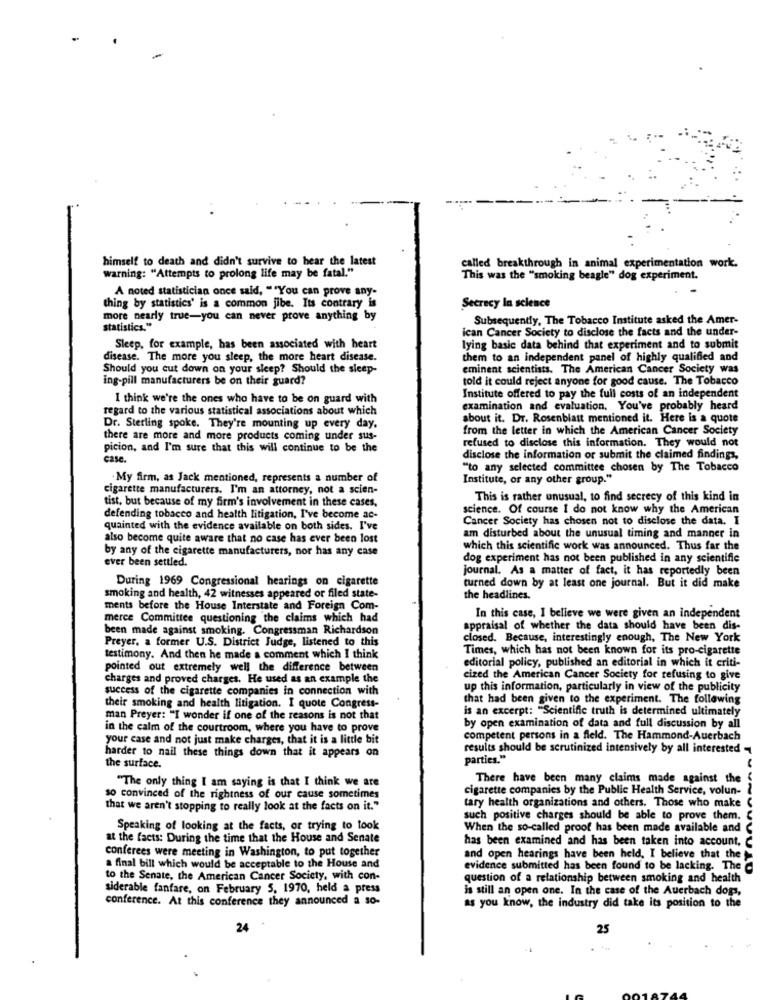
himself to death and didn't survive to hear the latest
warning: "Attempts to prolong life may be fatal."
called breakthrough in animal experimentation work.
This was the "smoking beagle" dog experiment.
A noted statistician once said, ""You can prove any-
thing by statistics' is a common jibe. Its contrary is
Secrecy In science
more nearly true-you can never prove anything by
Subsequently, The Tobacco Institute asked the Amer-
statistics."
ican Cancer Society to disclose the facts and the under-
Sleep, for example, has been associated with heart
lying basic data behind that experiment and to submit
disease. The more you sleep, the more heart disease.
them to an independent panel of highly qualified and
Should you cut down on your sleep? Should the sleep-
eminent scientists. The American Cancer Society was
ing-pill manufacturers be on their guard?
told it could reject anyone for good cause. The Tobacco
I think we're the ones who have to be on guard with
Institute offered to pay the full costs of an independent
regard to the various statistical associations about which
examination and evaluation. You've probably heard
about it. Dr. Rosenblatt mentioned it. Here is a quote
Dr. Sterling spoke. They're mounting up every day,
from the letter in which the American Cancer Society
there are more and more products coming under sus-
refused to disclose this information. They would not
picion, and I'm sure that this will continue to be the
case.
disclose the information or submit the claimed findings,
"to any selected committee chosen by The Tobacco
. My firm, as Jack mentioned, represents a number of
Institute, or any other group."
cigarette manufacturers. I'm an attorney, not a scien-
tist, but because of my firm's involvement in these cases,
This is rather unusual, to find secrecy of this kind in
science. Of course I do not know why the American
defending tobacco and health litigation, I've become ac-
Cancer Society has chosen not to disclose the data. I
quainted with the evidence available on both sides. I've
also become quite aware that no case has ever been lost
am disturbed about the unusual timing and manner in
by any of the cigarette manufacturers, nor has any case
which this scientific work was announced. Thus far the
ever been settled.
dog experiment has not been published in any scientific
journal. As a matter of fact, it has reportedly been
During 1969 Congressional hearings on cigarette
turned down by at least one journal. But it did make
smoking and health, 42 witnesses appeared or filed state-
the headlines.
ments before the House Interstate and Foreign Com-
merce Committee questioning the claims which had
In this case, I believe we were given an independent
been made against smoking. Congressman Richardson
appraisal of whether the data should have been dis-
Preyer, a former U.S. District Judge, listened to this
closed. Because, interestingly enough, The New York
Times, which has not been known for its pro-cigarette
testimony. And then he made a comment which I think
editorial policy, published an editorial in which it criti-
pointed out extremely well the difference between
charges and proved charges. He used as an example the
cized the American Cancer Society for refusing to give
success of the cigarette companies in connection with
up this information, particularly in view of the publicity
that had been given to the experiment. The following
their smoking and health litigation. I quote Congress-
is an excerpt: "Scientific truth is determined ultimately
man Preyer: "I wonder if one of the reasons is not that
in the calm of the courtroom, where you have to prove
by open examination of data and full discussion by all
your case and not just make charges, that it is a little bit
competent persons in a field. The Hammond-Auerbach
harder to nail these things down that it appears on
results should be scrutinized intensively by all interested
parties."
the surface.
There have been many claims made against the
"The only thing I am saying is that I think we are
cigarette companies by the Public Health Service, volun-
so convinced of the rightness of our cause sometimes
that we aren't stopping to really look at the facts on it."
tary health organizations and others. Those who make (
such positive charges should be able to prove them. <
Speaking of looking at the facts, or trying to look
When the so-called proof has been made available and C
at the facts: During the time that the House and Senate
has been examined and has been taken into account, C
conferees were meeting in Washington, to put together
and open hearings have been held, I believe that the
a final bill which would be acceptable to the House and
evidence submitted has been found to be lacking. The
to the Senate, the American Cancer Society, with con-
question of a relationship between smoking and health
siderable fanfare, on February 5, 1970, held a press
is still an open one. In the case of the Auerbach dogs,
conference. At this conference they announced a so-
as you know, the industry did take its position to the
24
25